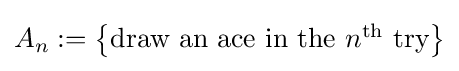
{\textstyle A_{n}:=\left\{{\text{draw an ace in the }}n^{\text{th}}{\text{ try}}\right\}}